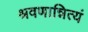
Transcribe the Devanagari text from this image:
श्रवणान्नित्यं